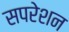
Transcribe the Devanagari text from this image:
सपरेशन